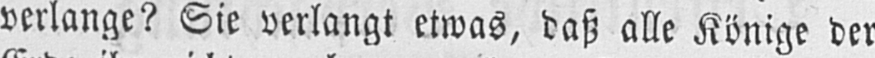
verlange? Sie verlangt etwas, daß alle Könige der